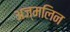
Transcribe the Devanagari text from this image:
अज्मलिन